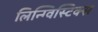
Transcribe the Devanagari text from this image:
लिन्ग्विस्टिक्स